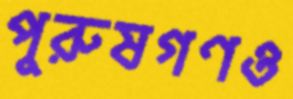
পুরুষগণও